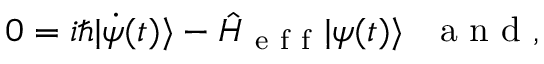
0 = i \hbar | \dot { \psi } ( t ) \rangle - \hat { H } _ { \mathrm { ~ e ~ f ~ f ~ } } | \psi ( t ) \rangle \mathrm { ~ \ \ a ~ n ~ d ~ , ~ }